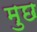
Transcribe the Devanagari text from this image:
मुछ